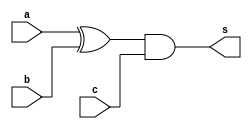
/*
module circuito(a, b, c, xor1, s);

	input a, b, c;
	output xor1, s;

	xor(xor1, a, b);
	and(s, xor1, c);

endmodule
*/

module circuito(
  input a, b, c,
  output s
);

wire w1;
xor(w1, a, b);
and(s, w1, c);

endmodule